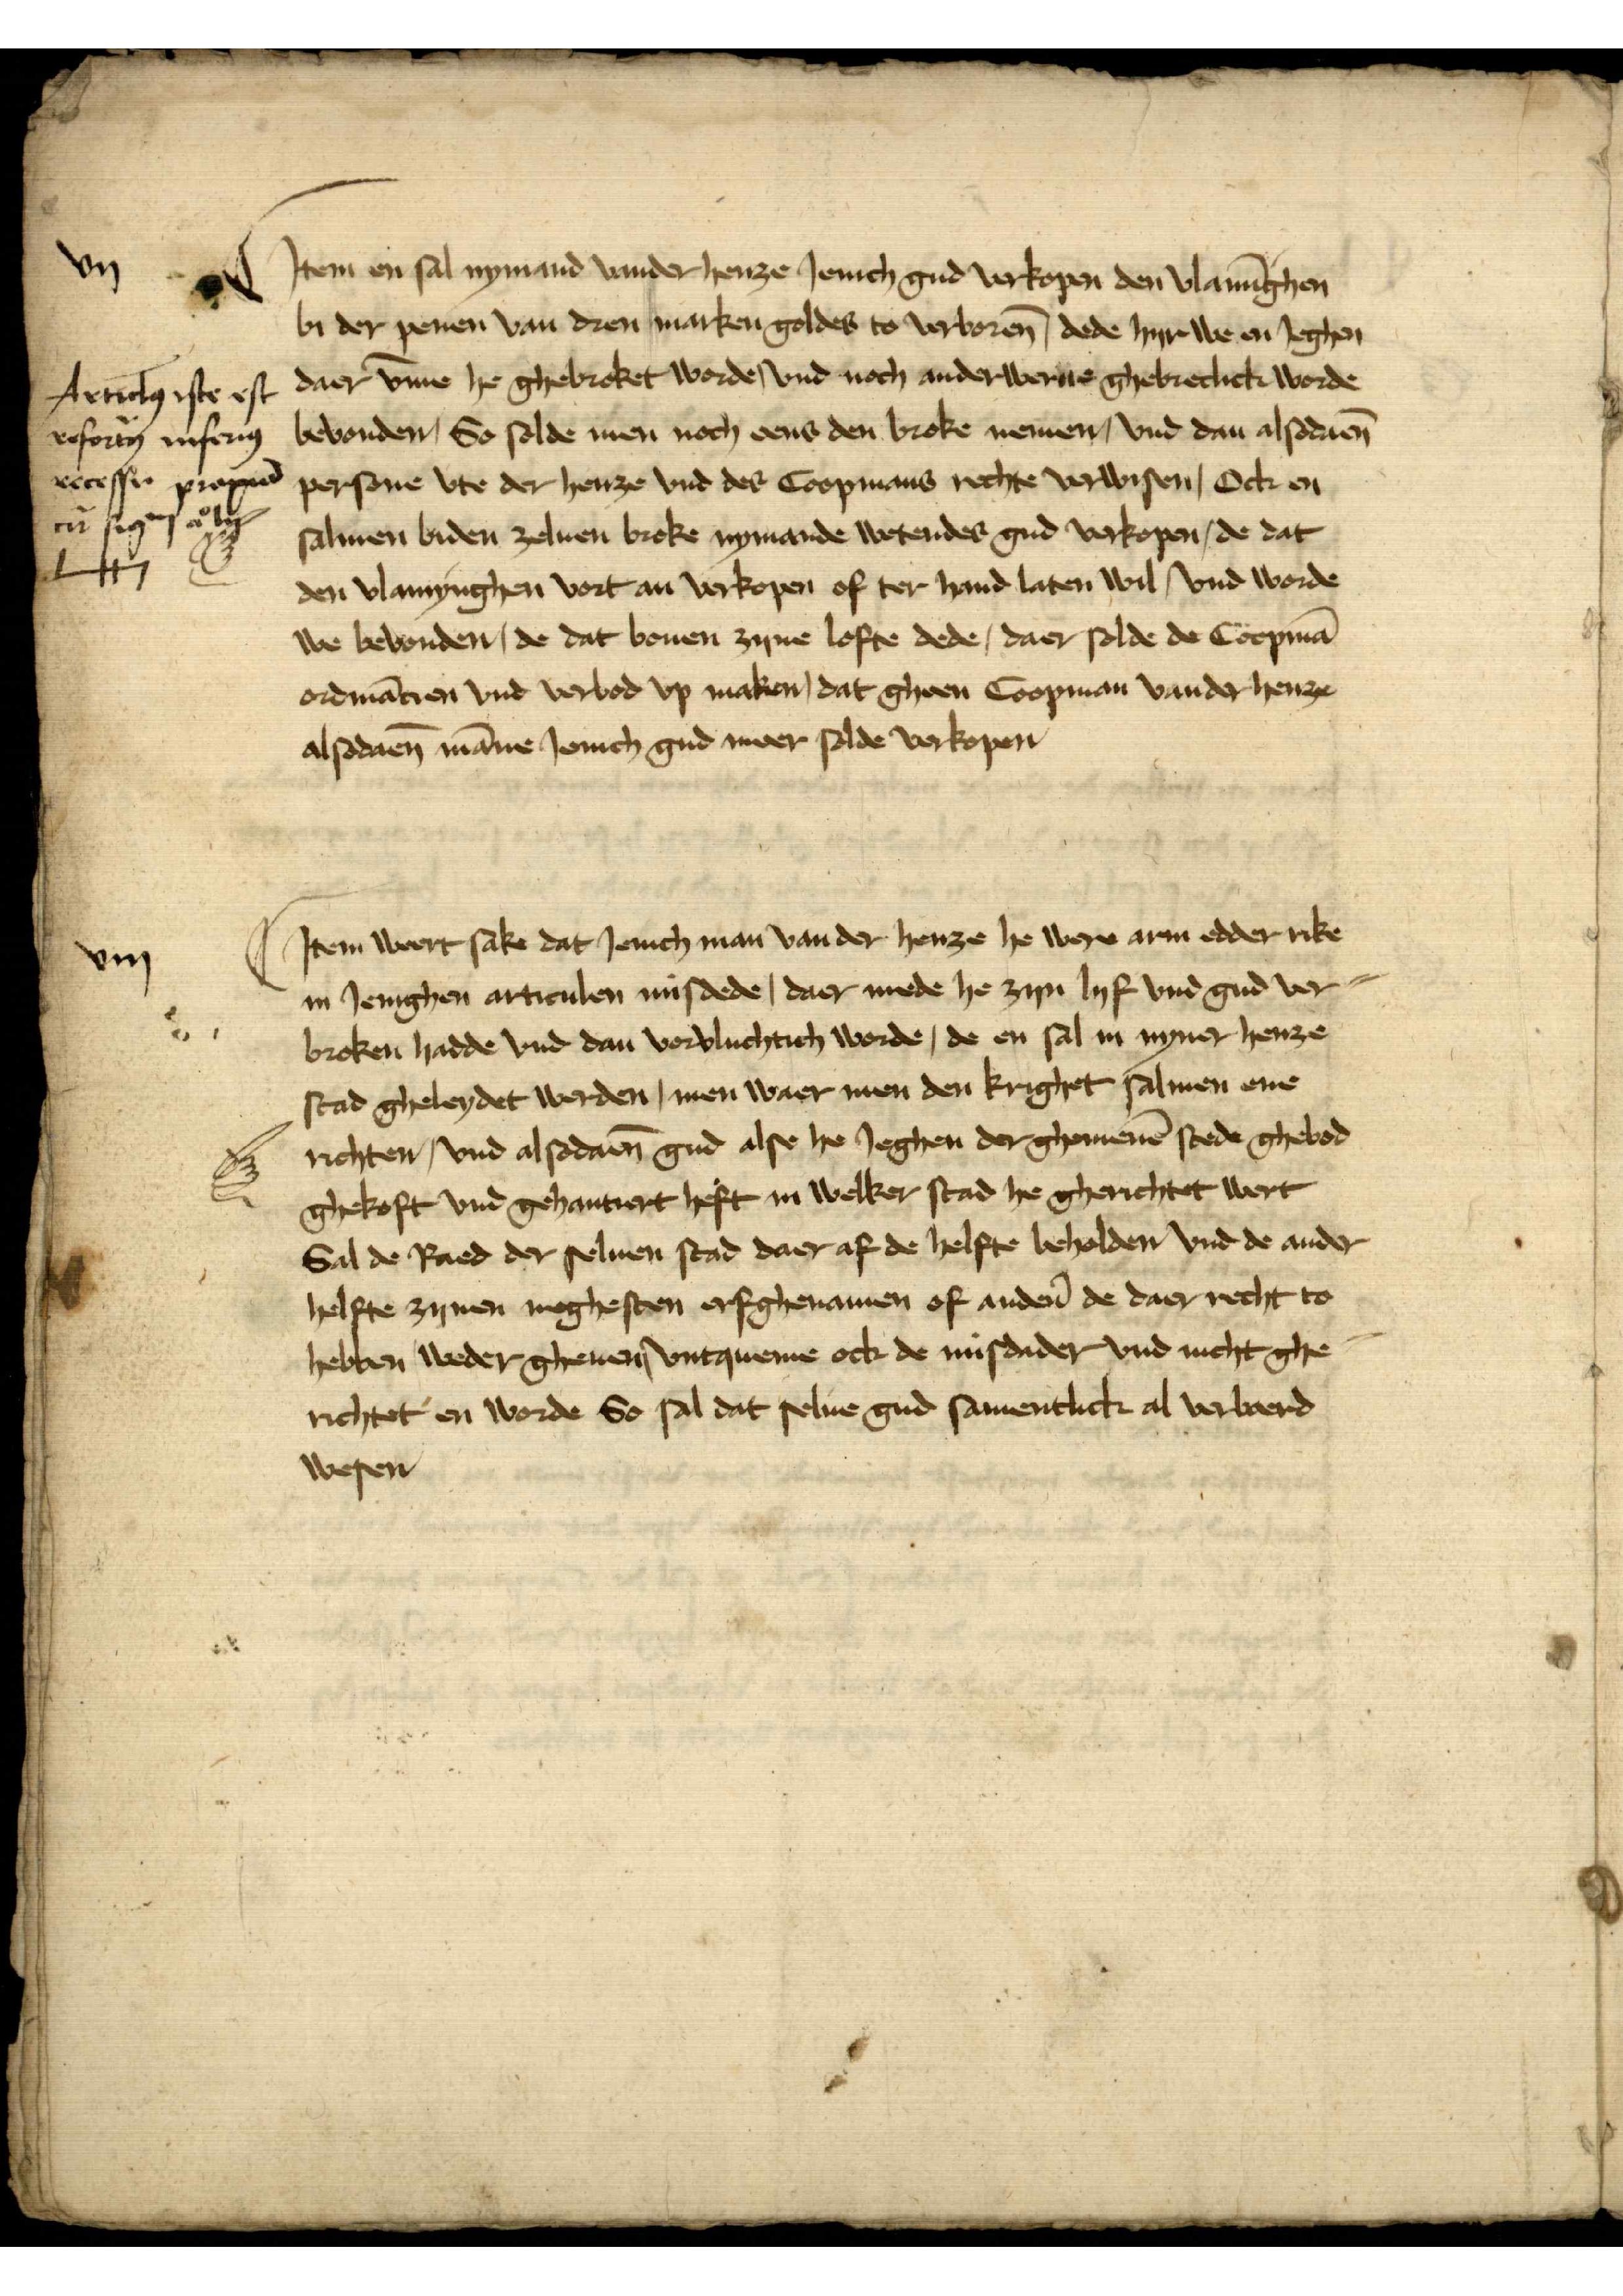
Jtem en sal nymand vander henze Jenich gud vorkopen den Vlamīgen
bi der penen van dren marken goldes to vorboren̄, dede hyr we en Jeghen
daer v̄me he gebroket worde, vnd noch anderwerne gebretlick worde 
bevonden, So solde men noch eens den broke nemen, vnd dan alsodaen̄
persone vte der henze vnd des Coopmans rechte verwisen, Ock en
salmen biden zeluen broke nymande wetendes gud vorkopen, de dat
den Vlamynghen vort an vorkopen of ter hand laten wil vnd worde
we bevunden, de dat bouen zyne lofte dede, daer solde de Coopmā
ordinācien vnd verbod vp maken, dat gheen Coopman vander henze
alsodaen̄ māne Jenich gud meer solde vorkopē

vij

Articulo̧ iste est
reforto̧ inferio̧
recesse proxio̧
in sin a lv
1447

Jtem weert sake dat Jenich man van der henze he were arin edder rike
in Jenighen articulen misdede, daer mede he zyn lyf vnd gud ver¬
broken hadde vnd dan vorvluchtich worde, de en sal in nyner henze
stad gheleydet werden, men waer men den krighet salmen ene
richten, vnd alsodan̄ gud alse he Jeghen der ghemeenē stede ghebod
gekoft vnd gehantiert heft in welker stad he gherichtet wert
Sal de Raed der seluen stad daer af de helffte beholden vnd de ander
helfte zynen moghesten erfghenamen of andẻn de daer recht to
hebben weder gheuen vntqueme ock de misdeder vnd nicht ghe¬
richtet en worde So sal dat selue gud samentlick al verwerd
wesen

viij